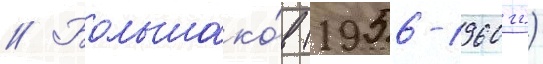
// Большако́в (1956-1960 гг.)